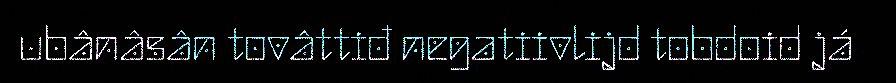
ubânâsân tovâttiđ negatiivlijd tobdoid já